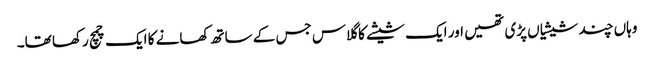
وہاں چند شیشیاں پڑی تھیں اور ایک شیشے کا گلاس جس کے ساتھ کھانے کا ایک چمچ رکھا تھا۔